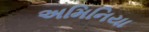
અમિનિયા